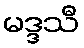
မဒ္ဒသီ